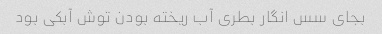
بجای سس انگار بطری آب ریخته بودن توش آبکی بود